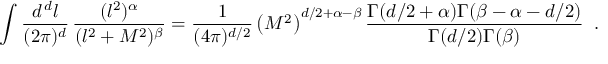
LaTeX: \int { \frac { d ^ { \, d } l } { ( 2 \pi ) ^ { d } } } \, { \frac { ( l ^ { 2 } ) ^ { \alpha } } { ( l ^ { 2 } + M ^ { 2 } ) ^ { \beta } } } = { \frac { 1 } { ( 4 \pi ) ^ { d / 2 } } } \left( M ^ { 2 } \right) ^ { d / 2 + \alpha - \beta } { \frac { \Gamma ( d / 2 + \alpha ) \Gamma ( \beta - \alpha - d / 2 ) } { \Gamma ( d / 2 ) \Gamma ( \beta ) } } \; \; .